Annual administration and progress report of the Indian Medical Department, Bombay
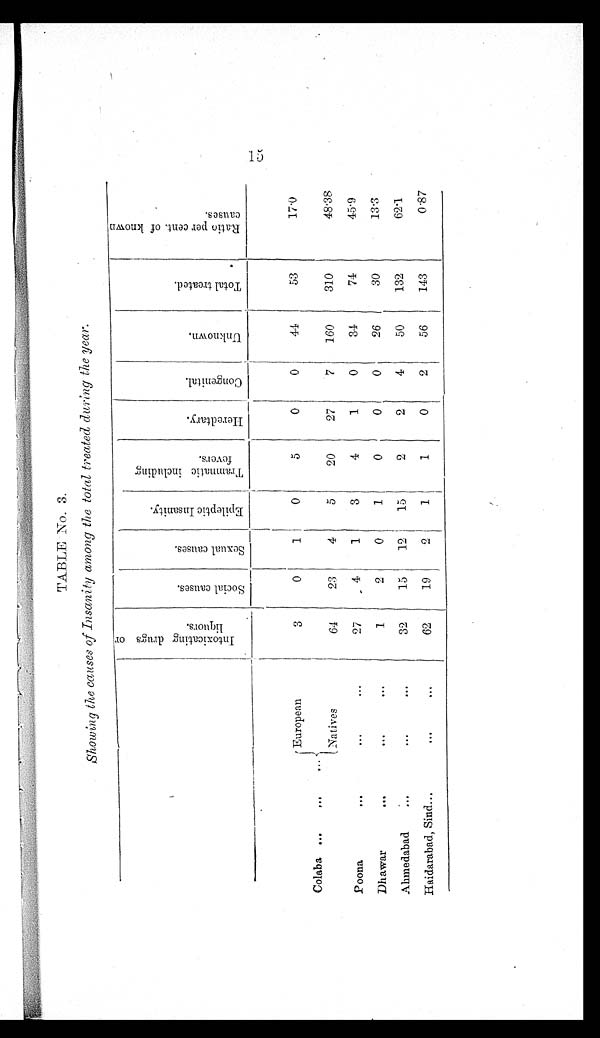
TABLE No. 3.
Showing the causes of Insanity among the total treated during the year.
I n t o x i c a t i n g d r u g s o r
l i q u o r s .
S o c i a l c a u s e s .
S e x u a l c a u s e s .
E p i l e p t i c I n s a n i t y .
T r a m n a t i c i n c l u d i n g
f e v e r s .
H e r e d t a r y .
C o n g e n i t a l .
U n k n o w n .
T o t a l t r e a t e d .
R a t i o p e r c e n t . o f k n o w n
c a u s e s .
Colaba ...
. . .
. . .
European
3
0
1
0
5
0
0
44
53
17.0
15
Natives
64
23
4
5
20
27
7
160
310
48.38
Poona
. . .
. . .
. . .
27
4
1
3
4
1
0
34
74
45.9
Dhawar
. . .
. . .
. . .
1
2
0
1
0
0
0
26
30
13.3
Ahmedabad
...
...
...
32
15
12
15
2
2
4
50
132
62.1
Haidarabad, Sind ...
...
. . .
62
19
2
1
1
0
2
56
143
0.87